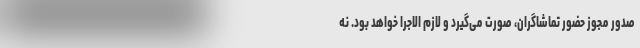
صدور مجوز حضور تماشاگران، صورت می‌گیرد و لازم الاجرا خواهد بود. نه